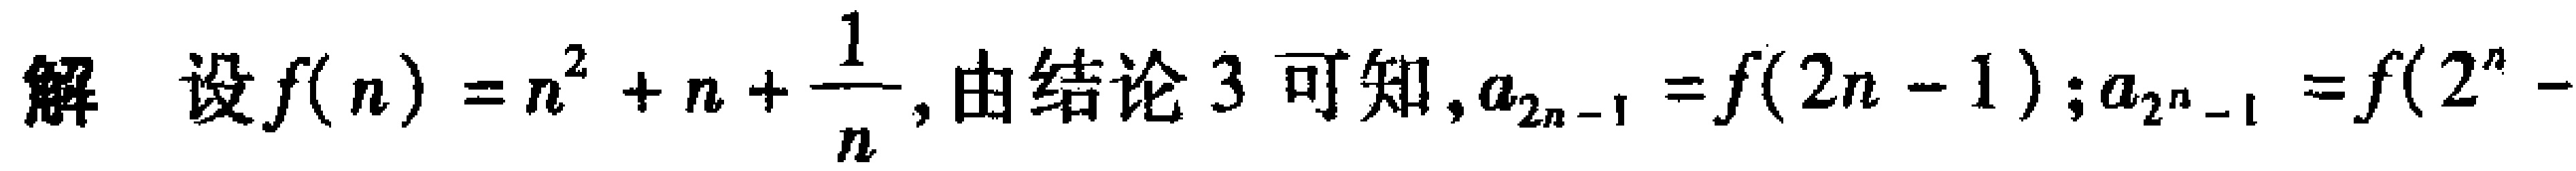
解 设$f(n)=n^{2}+n+\frac{1}{n}$, 由结论 3 可知, $a_{2n - 1}=f(2n - 1); a_{2^{n}-1}=f(2^{n}-$